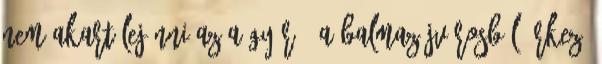
nem akart lejönni az a gyűrű. A Balmazújvárosból érkező